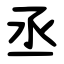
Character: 丞